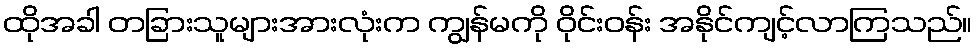
ထိုအခါ တခြားသူများအားလုံးက ကျွန်မကို ဝိုင်းဝန်း အနိုင်ကျင့်လာကြသည်။